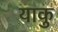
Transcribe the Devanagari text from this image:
याकु